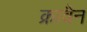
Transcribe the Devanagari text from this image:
क्रावैन